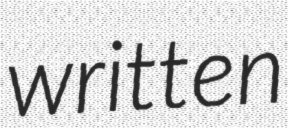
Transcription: written